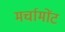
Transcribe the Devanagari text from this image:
मर्चामोंट